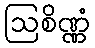
ဩစိဏ္ဏံ